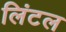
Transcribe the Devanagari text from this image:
लिंटल